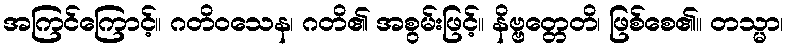
အကြင်ကြောင့်။ ဂတိဝသေန၊ ဂတိ၏ အစွမ်းဖြင့်။ နိဗ္ဗတ္တေတိ၊ ဖြစ်စေ၏။ တသ္မာ၊